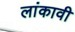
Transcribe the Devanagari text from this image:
लांकावी